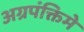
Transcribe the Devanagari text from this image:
अग्रपंक्तिमे